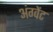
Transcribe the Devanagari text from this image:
अंग्वेंट